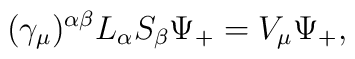
(\gamma_{\mu})^{\alpha\beta}L_{\alpha}S_{\beta}\Psi_+=V_{\mu}\Psi_+,